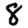
Digit: 8